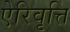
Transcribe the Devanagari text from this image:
ऐरिवृत्ति